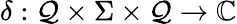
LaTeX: \delta:\mathcal{Q}\times\Sigma\times\mathcal{Q}\to\mathbb{{C}}